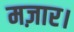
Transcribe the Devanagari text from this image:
मज़ार।